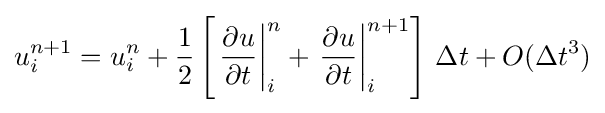
u_{i}^{n+1}=u_{i}^{n}+{\frac {1}{2}}\left[\left.{\frac {\partial u}{\partial t}}\right|_{i}^{n}+\left.{\frac {\partial u}{\partial t}}\right|_{i}^{n+1}\right]\,\Delta t+O(\Delta t^{3})